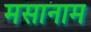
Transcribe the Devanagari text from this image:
मसानाम